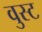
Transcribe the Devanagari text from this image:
वुस्ट